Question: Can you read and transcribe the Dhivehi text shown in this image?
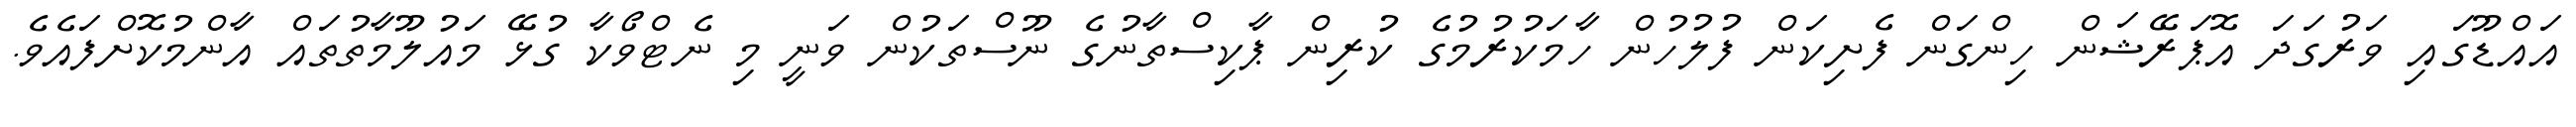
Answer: އައްޑޫގައި ވަރުގަދަ އޮޕަރޭޝަން ހިންގަން ފެށިކަން ފުލުހުން ހާމަކުރުމުގެ ކުރިން ޕާކިސްތާނުގެ ނޫސްތަކުން ވަނީ މި ނެޓްވޯކާ ގުޅޭ މައުލޫމާތުތައް އާންމުކޮށްފައެވެ.